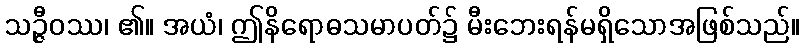
သဉ္ဇီဝဿ၊ ၏။ အယံ၊ ဤနိရောဓသမာပတ်၌ မီးဘေးရန်မရှိသောအဖြစ်သည်။